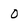
Character: 0